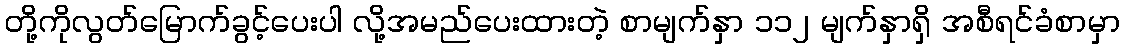
တို့ကိုလွတ်မြောက်ခွင့်ပေးပါ လို့အမည်ပေးထားတဲ့ စာမျက်နှာ ၁၁၂ မျက်နှာရှိ အစီရင်ခံစာမှာ